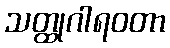
သတ္ထုဂါရဝတာ